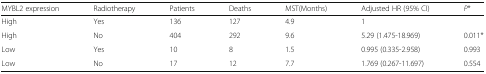
| MYBL2 expression | Radiotherapy | Patients | Deaths | MST(Months) | Adjusted HR (95% CI) | P* |
 | --- | --- | --- | --- | --- | --- | --- |
 | High | Yes | 136 | 127 | 4.9 | 1 |  |
 | High | No | 404 | 292 | 9.6 | 5.29 (1.475-18.969) | 0.011* |
 | Low | Yes | 10 | 8 | 1.5 | 0.995 (0.335-2.958) | 0.993 |
 | Low | No | 17 | 12 | 7.7 | 1.769 (0.267-11.697) | 0.554 |